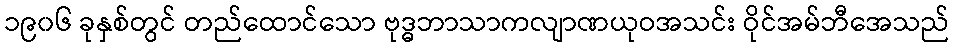
၁၉၀၆ ခုနှစ်တွင် တည်ထောင်သော ဗုဒ္ဓဘာသာကလျာဏယုဝအသင်း ဝိုင်အမ်ဘီအေသည်